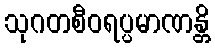
သုဂတစီဝရပ္ပမာဏန္တိ